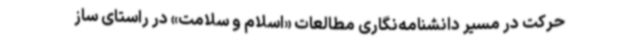
حرکت در مسیر دانشنامه‌نگاری مطالعات «اسلام و سلامت» در راستای ساز